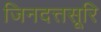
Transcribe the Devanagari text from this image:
जिनदत्तसूरि